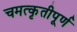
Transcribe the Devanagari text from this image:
चमत्कृतीपूर्ण